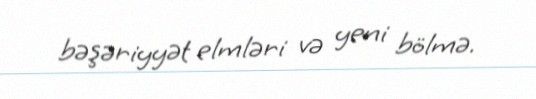
bəşəriyyət elmləri və yeni bölmə.